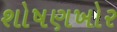
શોષણખોર